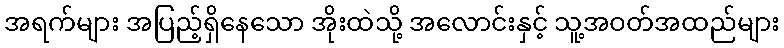
အရက်များ အပြည့်ရှိနေသော အိုးထဲသို့ အလောင်းနှင့် သူ့အဝတ်အထည်များ